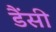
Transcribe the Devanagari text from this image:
डैंसी